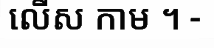
លើស កាម ។ -